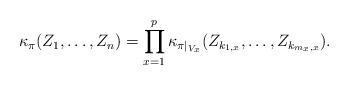
LaTeX: \begin{align*}\kappa_\pi(Z_1, \ldots, Z_n) = \prod^p_{x=1} \kappa_{\pi|_{V_x}}(Z_{k_{1, x}}, \ldots, Z_{k_{m_x, x}}).\end{align*}